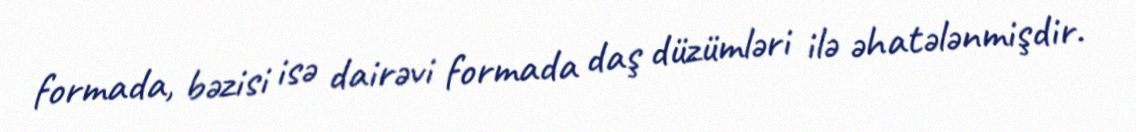
formada, bəzisi isə dairəvi formada daş düzümləri ilə əhatələnmişdir.